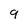
Character: 9